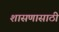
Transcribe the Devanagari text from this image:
शासणासाठी